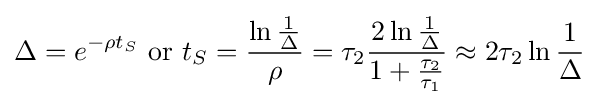
\Delta =e^{-\rho t_{S}}{\text{ or }}t_{S}={\frac {\ln {\frac {1}{\Delta }}}{\rho }}=\tau _{2}{\frac {2\ln {\frac {1}{\Delta }}}{1+{\frac {\tau _{2}}{\tau _{1}}}}}\approx 2\tau _{2}\ln {\frac {1}{\Delta }}